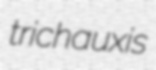
trichauxis